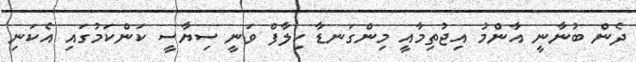
ދެން ބުނާނީ އާންމު އިޖުތިމާއީ މިންގަނޑާ ހިލާފް ވަނީ ސިޔާސީ ކަންކަމުގައި އެކަނި